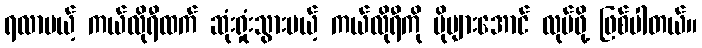
ရလာမယ့် ကယ်လိုရီထက် ဆုံးရှုံးသွားမယ့် ကယ်လိုရီကို ပိုများအောင် လုပ်ဖို့ ဖြစ်ပါတယ်။